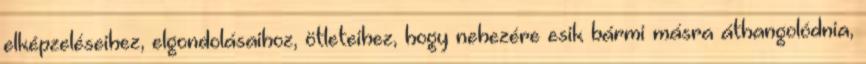
elképzeléseihez, elgondolásaihoz, ötleteihez, hogy nehezére esik bármi másra áthangolódnia,